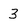
Character: 3